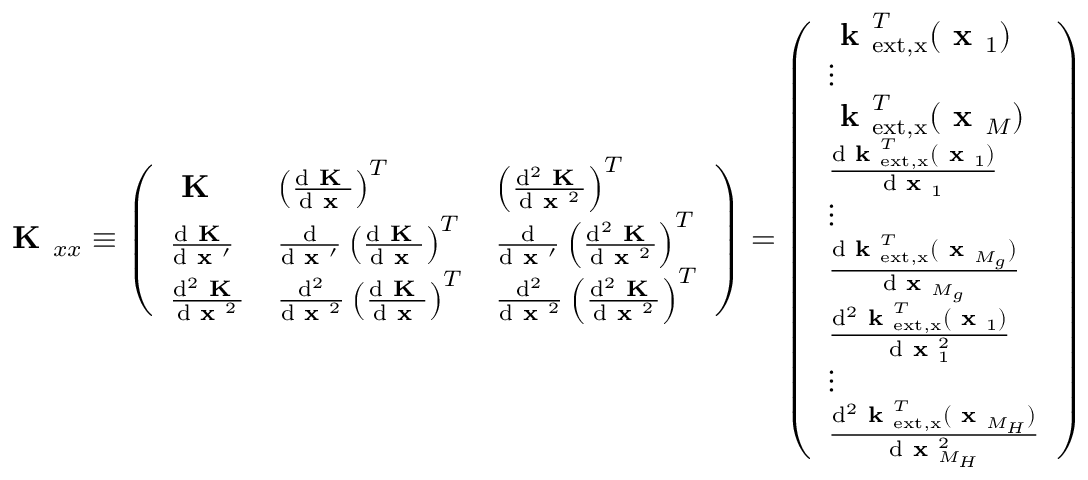
\textbf { K } _ { x x } \equiv \left( \begin{array} { l l l } { \textbf { K } } & { \left( \frac { \mathrm { d } \textbf { K } } { \mathrm { d } \textbf { x } } \right) ^ { T } } & { \left( \frac { \mathrm { d } ^ { 2 } \textbf { K } } { \mathrm { d } \textbf { x } ^ { 2 } } \right) ^ { T } } \\ { \frac { \mathrm { d } \textbf { K } } { \mathrm { d } \textbf { x } ^ { \prime } } } & { \frac { \mathrm { d } } { \mathrm { d } \textbf { x } ^ { \prime } } \left( \frac { \mathrm { d } \textbf { K } } { \mathrm { d } \textbf { x } } \right) ^ { T } } & { \frac { \mathrm { d } } { \mathrm { d } \textbf { x } ^ { \prime } } \left( \frac { \mathrm { d } ^ { 2 } \textbf { K } } { \mathrm { d } \textbf { x } ^ { 2 } } \right) ^ { T } } \\ { \frac { \mathrm { d } ^ { 2 } \textbf { K } } { \mathrm { d } \textbf { x } ^ { 2 } } } & { \frac { \mathrm { d } ^ { 2 } } { \mathrm { d } \textbf { x } ^ { 2 } } \left( \frac { \mathrm { d } \textbf { K } } { \mathrm { d } \textbf { x } } \right) ^ { T } } & { \frac { \mathrm { d } ^ { 2 } } { \mathrm { d } \textbf { x } ^ { 2 } } \left( \frac { \mathrm { d } ^ { 2 } \textbf { K } } { \mathrm { d } \textbf { x } ^ { 2 } } \right) ^ { T } } \end{array} \right) = \left( \begin{array} { l } { \textbf { k } _ { \mathrm { e x t , x } } ^ { T } ( \textbf { x } _ { 1 } ) } \\ { \vdots } \\ { \textbf { k } _ { \mathrm { e x t , x } } ^ { T } ( \textbf { x } _ { M } ) } \\ { \frac { \mathrm { d } \textbf { k } _ { \mathrm { e x t , x } } ^ { T } ( \textbf { x } _ { 1 } ) } { \mathrm { d } \textbf { x } _ { 1 } } } \\ { \vdots } \\ { \frac { \mathrm { d } \textbf { k } _ { \mathrm { e x t , x } } ^ { T } ( \textbf { x } _ { M _ { g } } ) } { \mathrm { d } \textbf { x } _ { M _ { g } } } } \\ { \frac { \mathrm { d } ^ { 2 } \textbf { k } _ { \mathrm { e x t , x } } ^ { T } ( \textbf { x } _ { 1 } ) } { \mathrm { d } \textbf { x } _ { 1 } ^ { 2 } } } \\ { \vdots } \\ { \frac { \mathrm { d } ^ { 2 } \textbf { k } _ { \mathrm { e x t , x } } ^ { T } ( \textbf { x } _ { M _ { H } } ) } { \mathrm { d } \textbf { x } _ { M _ { H } } ^ { 2 } } } \end{array} \right)